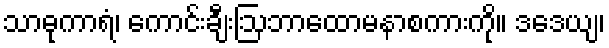
သာဓုကာရံ၊ ကောင်းချီးဩဘာထောမနာစကားကို။ ဒဒေယျ၊